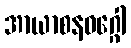
အာယာစနဝဂ္ဂေါ